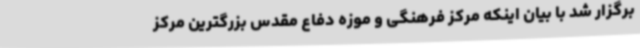
برگزار شد با بیان اینکه مرکز فرهنگی و موزه دفاع مقدس بزرگترین مرکز